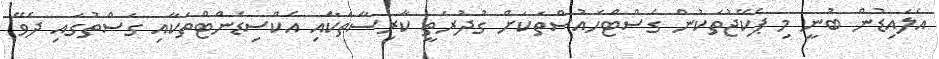
އެލައިޑުން ބުނީ މި ޕެކޭޖުތަކުން ގެސްޓްހައުސްތަކަށް ގުދުރަތީ ކާރިސާތަކާއި އެކްސިޑެންޓްތަކާއި ގަސްތުގައި ދެވޭ